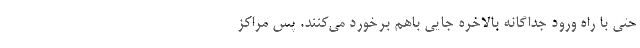
حتی با راه ورود جداگانه بالاخره جایی باهم برخورد می‌کنند. پس مراکز